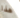
هذا